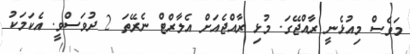
މަވެސް މިއުޅެނީ ރާއްޖޭގަ. މުޅި ރާއްޖެއަށް އެލާރްޓް ނެރޭތަ 2 ދުވަސްވީ. އެކަމަކު